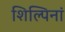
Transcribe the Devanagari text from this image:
शिल्पिनां